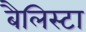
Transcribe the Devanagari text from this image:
बैलिस्टा